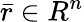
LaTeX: {\bar{r}}\in R^{n}